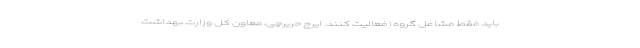
باید فقط مشاغل گروه ۱ فعالیت کنند. ایرج حریرچی، معاون کل وزارت بهداشت